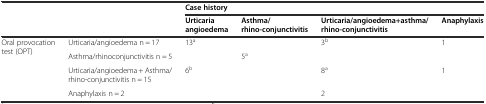
| <ROWSPAN=2-COLSPAN=2>  | <COLSPAN=4> Case history |
 | Urticaria angioedema | Asthma/rhino-conjunctivitis | Urticaria/angioedema+asthma/rhino-conjunctivitis | Anaphylaxis |
 | --- | --- | --- | --- | --- | --- |
 | <ROWSPAN=4> Oral provocation test (OPT) | Urticaria/angioedema n = 17 | 13a |  | 3b | 1 |
 | Asthma/rhinoconjunctivitis n = 5 |  | 5a |  |  |
 | Urticaria/angioedema + Asthma/ rhino-conjunctivitis n = 15 | 6b |  | 8a | 1 |
 | Anaphylaxis n = 2 |  |  | 2 |  |